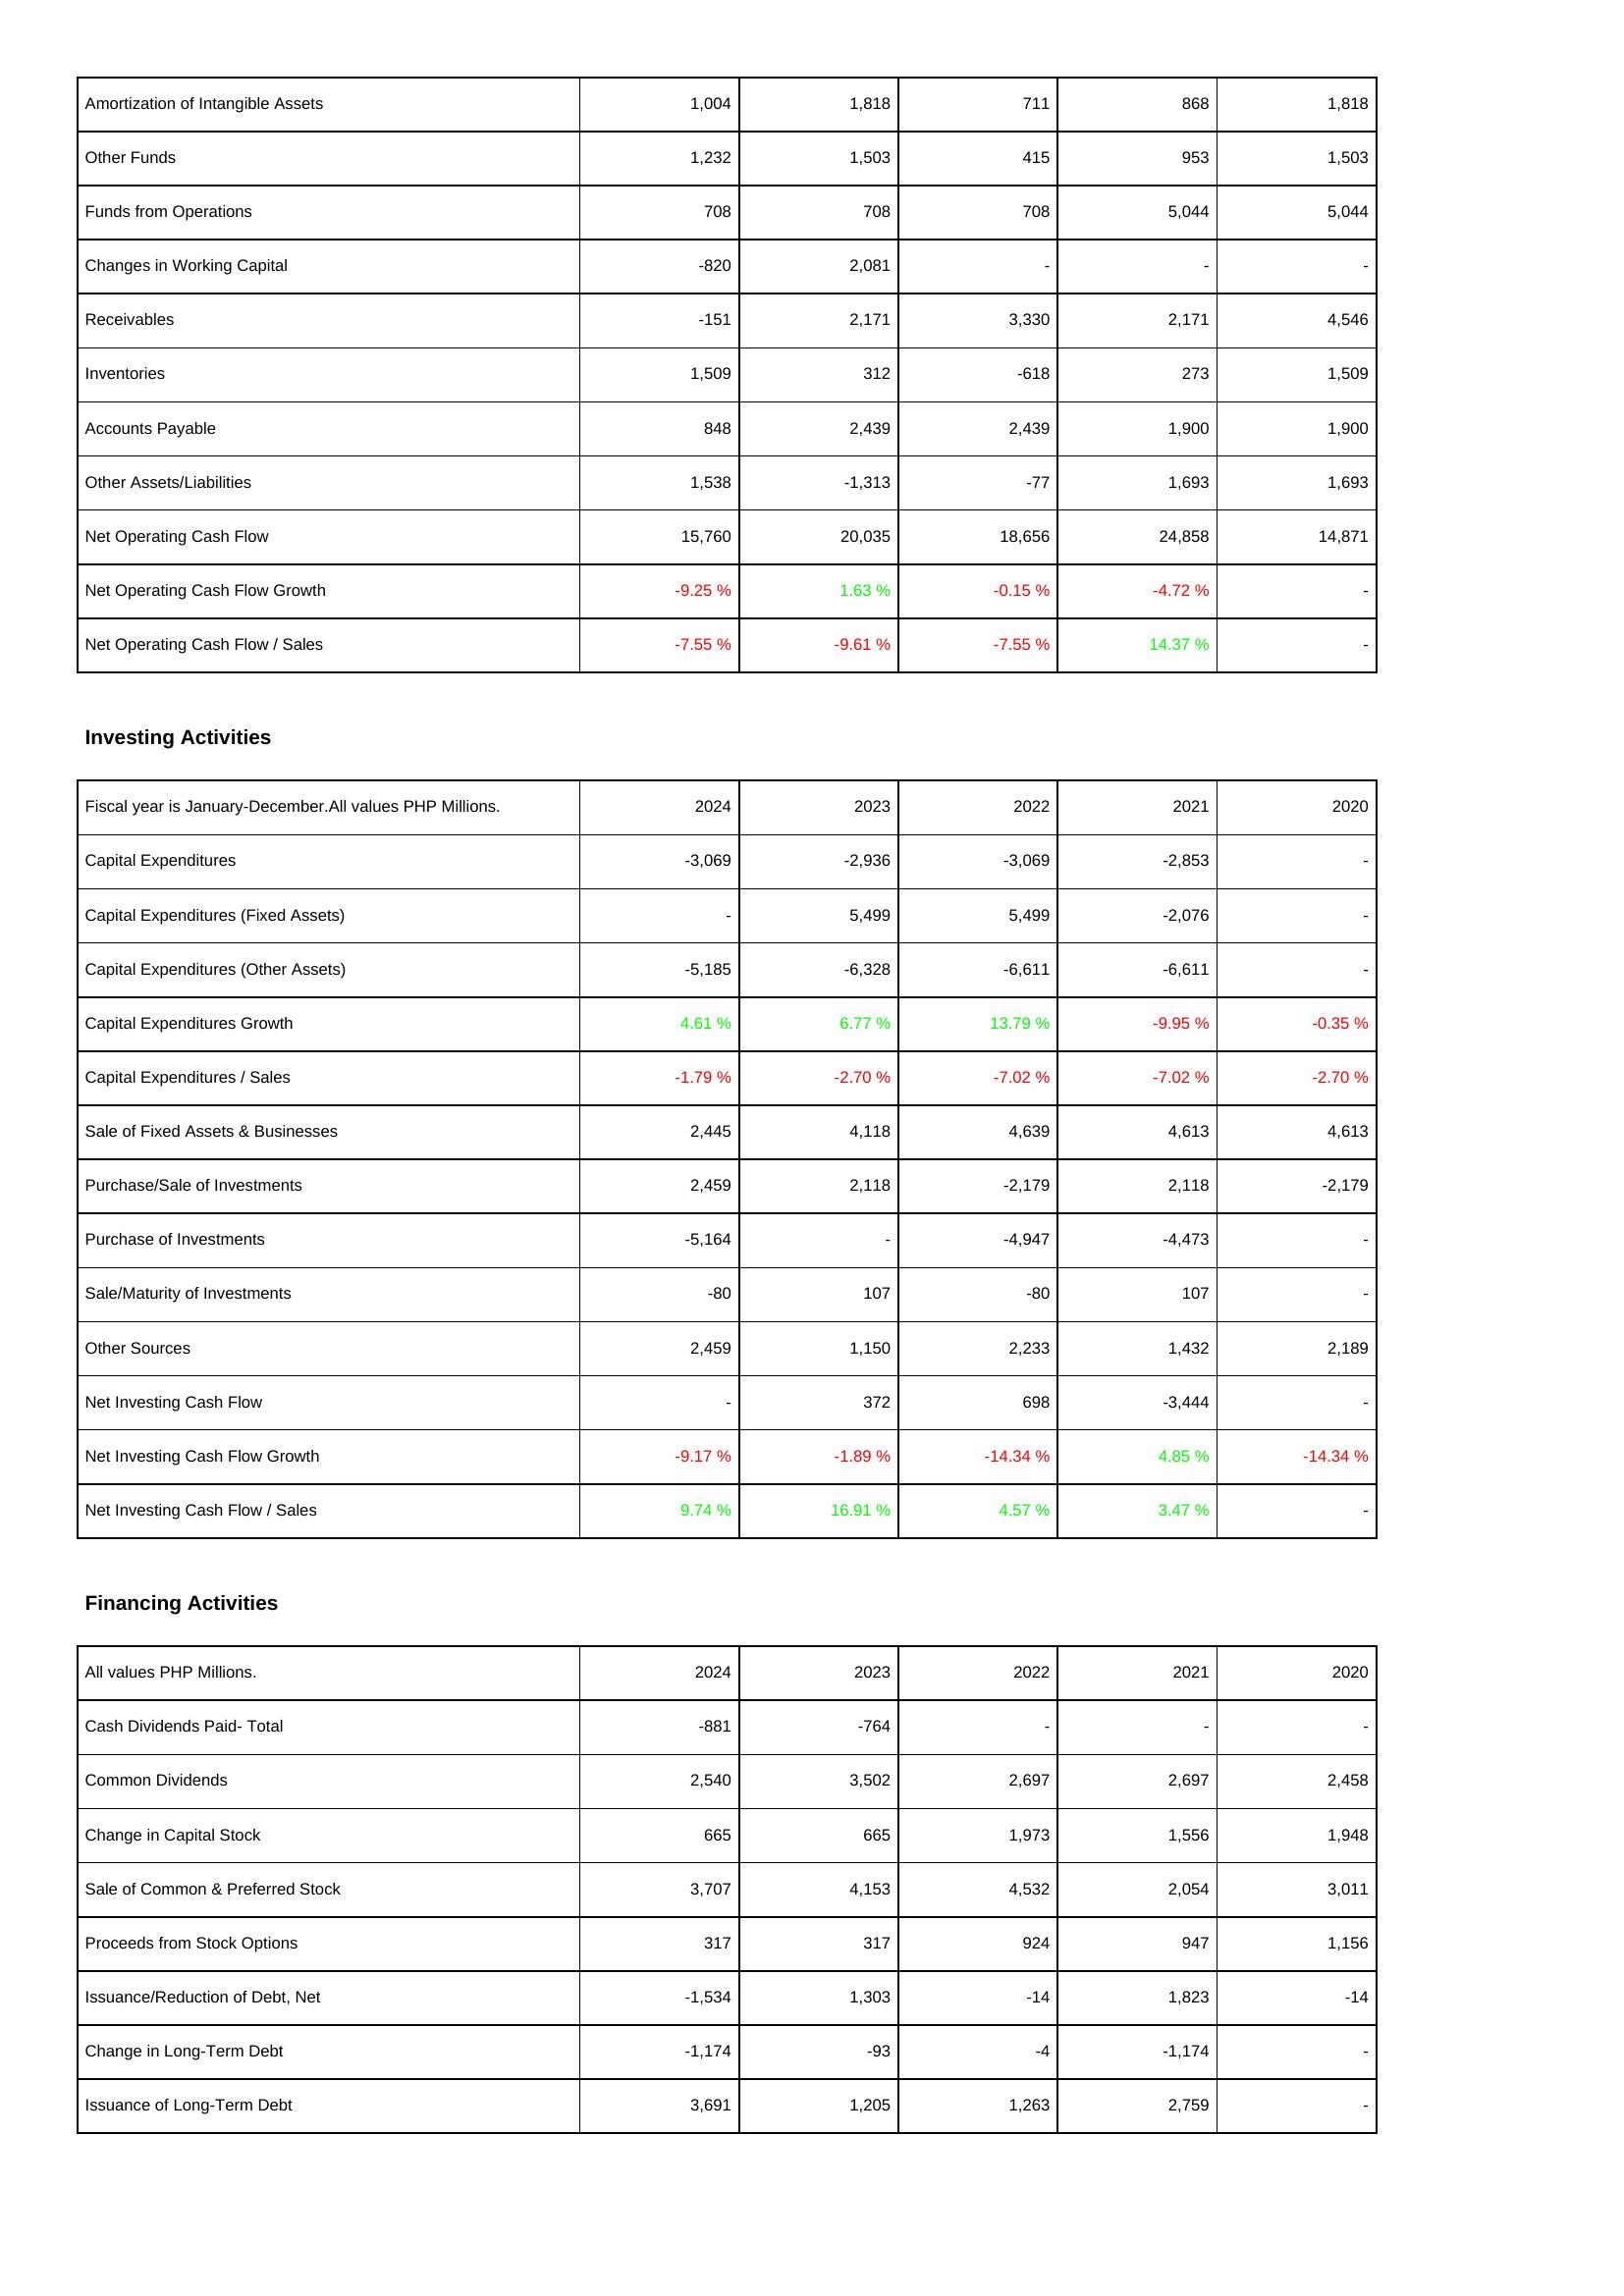
2024: Operating Activities: Amortization of Intangible Assets: 1,004
Other Funds: 1,232
Funds from Operations: 708
Changes in Working Capital: -820
Receivables: -151
Inventories: 1,509
Accounts Payable: 848
Other Assets/Liabilities: 1,538
Net Operating Cash Flow: 15,760
Net Operating Cash Flow Growth: -9.25 %
Net Operating Cash Flow / Sales: -7.55 %
Investing Activities: Capital Expenditures: -3,069
Capital Expenditures (Fixed Assets): -
Capital Expenditures (Other Assets): -5,185
Capital Expenditures Growth: 4.61 %
Capital Expenditures / Sales: -1.79 %
Sale of Fixed Assets & Businesses: 2,445
Purchase/Sale of Investments: 2,459
Purchase of Investments: -5,164
Sale/Maturity of Investments: -80
Other Sources: 2,459
Net Investing Cash Flow: -
Net Investing Cash Flow Growth: -9.17 %
Net Investing Cash Flow / Sales: 9.74 %
Financing Activities: Cash Dividends Paid- Total: -881
Common Dividends: 2,540
Change in Capital Stock: 665
Sale of Common & Preferred Stock: 3,707
Proceeds from Stock Options: 317
Issuance/Reduction of Debt, Net: -1,534
Change in Long-Term Debt: -1,174
Issuance of Long-Term Debt: 3,691
2023: Operating Activities: Amortization of Intangible Assets: 1,818
Other Funds: 1,503
Funds from Operations: 708
Changes in Working Capital: 2,081
Receivables: 2,171
Inventories: 312
Accounts Payable: 2,439
Other Assets/Liabilities: -1,313
Net Operating Cash Flow: 20,035
Net Operating Cash Flow Growth: 1.63 %
Net Operating Cash Flow / Sales: -9.61 %
Investing Activities: Capital Expenditures: -2,936
Capital Expenditures (Fixed Assets): 5,499
Capital Expenditures (Other Assets): -6,328
Capital Expenditures Growth: 6.77 %
Capital Expenditures / Sales: -2.70 %
Sale of Fixed Assets & Businesses: 4,118
Purchase/Sale of Investments: 2,118
Purchase of Investments: -
Sale/Maturity of Investments: 107
Other Sources: 1,150
Net Investing Cash Flow: 372
Net Investing Cash Flow Growth: -1.89 %
Net Investing Cash Flow / Sales: 16.91 %
Financing Activities: Cash Dividends Paid- Total: -764
Common Dividends: 3,502
Change in Capital Stock: 665
Sale of Common & Preferred Stock: 4,153
Proceeds from Stock Options: 317
Issuance/Reduction of Debt, Net: 1,303
Change in Long-Term Debt: -93
Issuance of Long-Term Debt: 1,205
2022: Operating Activities: Amortization of Intangible Assets: 711
Other Funds: 415
Funds from Operations: 708
Changes in Working Capital: -
Receivables: 3,330
Inventories: -618
Accounts Payable: 2,439
Other Assets/Liabilities: -77
Net Operating Cash Flow: 18,656
Net Operating Cash Flow Growth: -0.15 %
Net Operating Cash Flow / Sales: -7.55 %
Investing Activities: Capital Expenditures: -3,069
Capital Expenditures (Fixed Assets): 5,499
Capital Expenditures (Other Assets): -6,611
Capital Expenditures Growth: 13.79 %
Capital Expenditures / Sales: -7.02 %
Sale of Fixed Assets & Businesses: 4,639
Purchase/Sale of Investments: -2,179
Purchase of Investments: -4,947
Sale/Maturity of Investments: -80
Other Sources: 2,233
Net Investing Cash Flow: 698
Net Investing Cash Flow Growth: -14.34 %
Net Investing Cash Flow / Sales: 4.57 %
Financing Activities: Cash Dividends Paid- Total: -
Common Dividends: 2,697
Change in Capital Stock: 1,973
Sale of Common & Preferred Stock: 4,532
Proceeds from Stock Options: 924
Issuance/Reduction of Debt, Net: -14
Change in Long-Term Debt: -4
Issuance of Long-Term Debt: 1,263
2021: Operating Activities: Amortization of Intangible Assets: 868
Other Funds: 953
Funds from Operations: 5,044
Changes in Working Capital: -
Receivables: 2,171
Inventories: 273
Accounts Payable: 1,900
Other Assets/Liabilities: 1,693
Net Operating Cash Flow: 24,858
Net Operating Cash Flow Growth: -4.72 %
Net Operating Cash Flow / Sales: 14.37 %
Investing Activities: Capital Expenditures: -2,853
Capital Expenditures (Fixed Assets): -2,076
Capital Expenditures (Other Assets): -6,611
Capital Expenditures Growth: -9.95 %
Capital Expenditures / Sales: -7.02 %
Sale of Fixed Assets & Businesses: 4,613
Purchase/Sale of Investments: 2,118
Purchase of Investments: -4,473
Sale/Maturity of Investments: 107
Other Sources: 1,432
Net Investing Cash Flow: -3,444
Net Investing Cash Flow Growth: 4.85 %
Net Investing Cash Flow / Sales: 3.47 %
Financing Activities: Cash Dividends Paid- Total: -
Common Dividends: 2,697
Change in Capital Stock: 1,556
Sale of Common & Preferred Stock: 2,054
Proceeds from Stock Options: 947
Issuance/Reduction of Debt, Net: 1,823
Change in Long-Term Debt: -1,174
Issuance of Long-Term Debt: 2,759
2020: Operating Activities: Amortization of Intangible Assets: 1,818
Other Funds: 1,503
Funds from Operations: 5,044
Changes in Working Capital: -
Receivables: 4,546
Inventories: 1,509
Accounts Payable: 1,900
Other Assets/Liabilities: 1,693
Net Operating Cash Flow: 14,871
Net Operating Cash Flow Growth: -
Net Operating Cash Flow / Sales: -
Investing Activities: Capital Expenditures: -
Capital Expenditures (Fixed Assets): -
Capital Expenditures (Other Assets): -
Capital Expenditures Growth: -0.35 %
Capital Expenditures / Sales: -2.70 %
Sale of Fixed Assets & Businesses: 4,613
Purchase/Sale of Investments: -2,179
Purchase of Investments: -
Sale/Maturity of Investments: -
Other Sources: 2,189
Net Investing Cash Flow: -
Net Investing Cash Flow Growth: -14.34 %
Net Investing Cash Flow / Sales: -
Financing Activities: Cash Dividends Paid- Total: -
Common Dividends: 2,458
Change in Capital Stock: 1,948
Sale of Common & Preferred Stock: 3,011
Proceeds from Stock Options: 1,156
Issuance/Reduction of Debt, Net: -14
Change in Long-Term Debt: -
Issuance of Long-Term Debt: -